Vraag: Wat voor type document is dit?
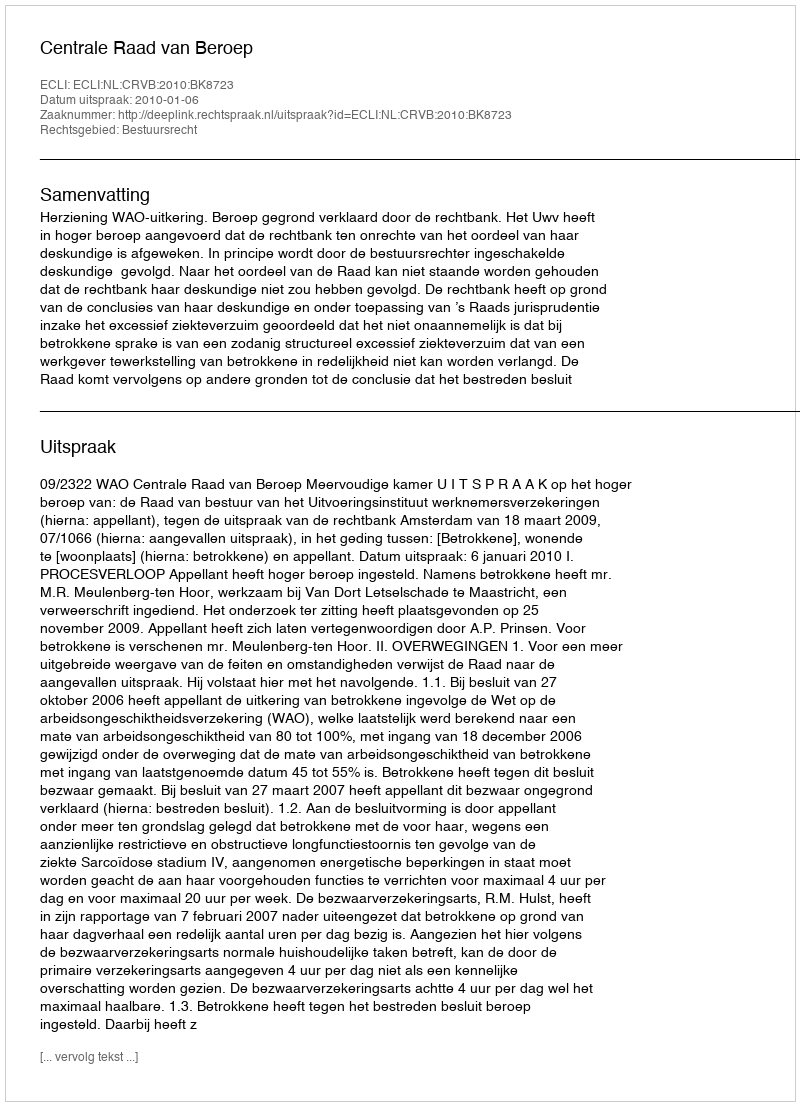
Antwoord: Uitspraak